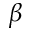
\beta